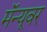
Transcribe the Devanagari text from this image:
मॅन्यूवर